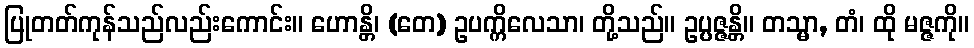
ပြုတတ်ကုန်သည်လည်းကောင်း။ ဟောန္တိ၊ (တေ) ဥပက္ကိလေသာ၊ တို့သည်။ ဥပ္ပဇ္ဇန္တိ။ တသ္မာ, တံ၊ ထို မဇ္ဇကို။